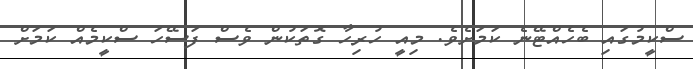
ސްކީމުގައި ބެހެއްޓޭނެ ކަމަށެވެ. މިއީ ހުރިހާ ގޮތަކުން ވެސް ފަސޭހަ ސްކީމެއް ކަމަށް